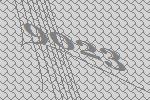
9023